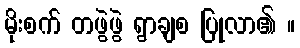
မိုးစက် တဖွဲဖွဲ ရွာချစ ပြုလာ၏ ။